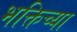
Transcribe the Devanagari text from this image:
भक्तिच्या